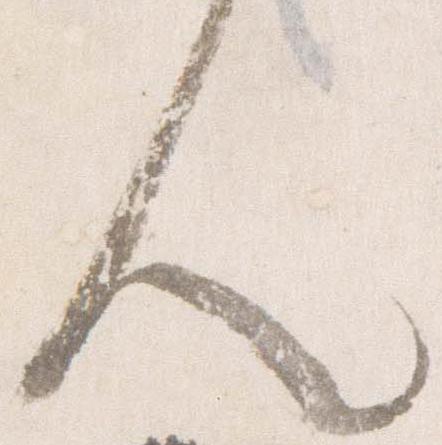
人